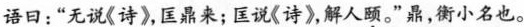
语日：”无说《诗》，国鼎来；匡说《诗》，解人\underset{·}{颐}。”鼎，衡小名也。